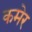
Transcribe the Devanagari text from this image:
कमेर